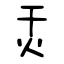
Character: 灭